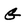
Character: G